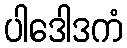
ပါဒေါဒကံ